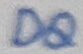
Text: DQ